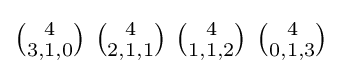
\textstyle {4 \choose 3,1,0}\ {4 \choose 2,1,1}\ {4 \choose 1,1,2}\ {4 \choose 0,1,3}